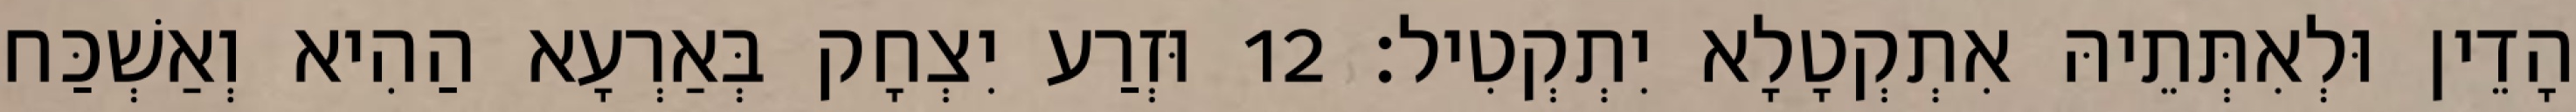
הָדֵין וּלְאִתְּתֵיהּ אִתְקְטָלָא יִתְקְטִיל׃ 12 וּזְרַע יִצְחָק בְּאַרְעָא הַהִיא וְאַשְׁכַּח